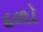
દળો